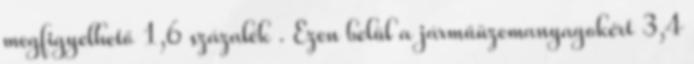
megfigyelhető 1,6 százalék . Ezen belül a járműüzemanyagokért 3,4